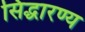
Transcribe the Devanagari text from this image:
सिद्धारण्य